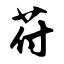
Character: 苻